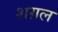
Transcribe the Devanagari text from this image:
शग़ल